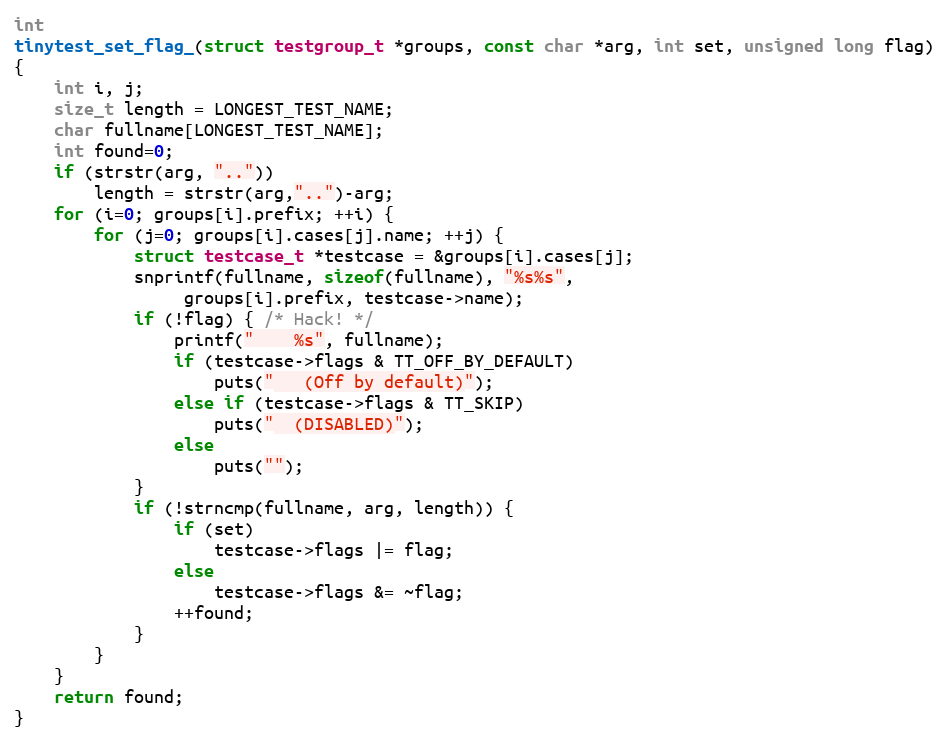
Language: C
int
tinytest_set_flag_(struct testgroup_t *groups, const char *arg, int set, unsigned long flag)
{
	int i, j;
	size_t length = LONGEST_TEST_NAME;
	char fullname[LONGEST_TEST_NAME];
	int found=0;
	if (strstr(arg, ".."))
		length = strstr(arg,"..")-arg;
	for (i=0; groups[i].prefix; ++i) {
		for (j=0; groups[i].cases[j].name; ++j) {
			struct testcase_t *testcase = &groups[i].cases[j];
			snprintf(fullname, sizeof(fullname), "%s%s",
				 groups[i].prefix, testcase->name);
			if (!flag) { /* Hack! */
				printf("    %s", fullname);
				if (testcase->flags & TT_OFF_BY_DEFAULT)
					puts("   (Off by default)");
				else if (testcase->flags & TT_SKIP)
					puts("  (DISABLED)");
				else
					puts("");
			}
			if (!strncmp(fullname, arg, length)) {
				if (set)
					testcase->flags |= flag;
				else
					testcase->flags &= ~flag;
				++found;
			}
		}
	}
	return found;
}